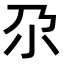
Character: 尕